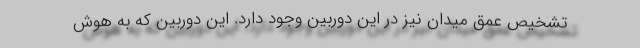
تشخیص عمق میدان نیز در این دوربین وجود دارد. این دوربین که به هوش